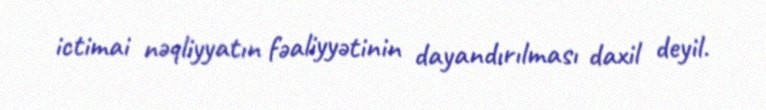
ictimai nəqliyyatın fəaliyyətinin dayandırılması daxil deyil.